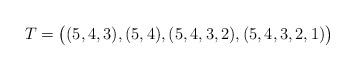
LaTeX: \begin{align*}T=\bigl( (5,4,3),(5,4),(5,4,3,2),(5,4,3,2,1) \bigr)\end{align*}